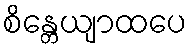
စိန္တေယျာထပေ